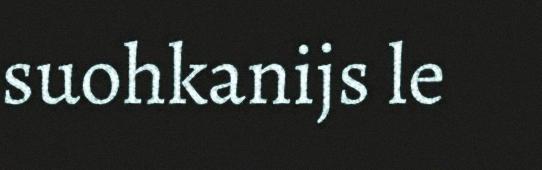
suohkanijs le